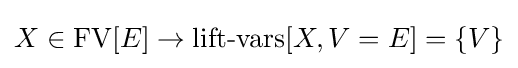
X\in \operatorname {FV} [E]\to \operatorname {lift-vars} [X,V=E]=\{V\}